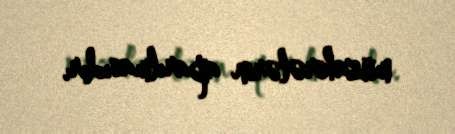
müzakirələrin aparılmasıdır.